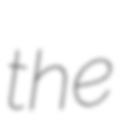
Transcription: the